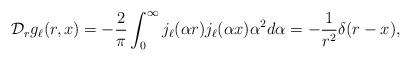
LaTeX: \begin{align*}{\cal D}_rg_{\ell}(r,x)=-\frac{2}{\pi}\int_0^{\infty}j_{\ell}({\alpha}r)j_{\ell}({\alpha}x){\alpha}^2d{\alpha}=-\frac{1}{r^2}{\delta}(r-x),\end{align*}